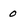
Character: 0